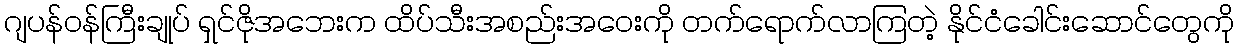
ဂျပန်ဝန်ကြီးချုပ် ရှင်ဇိုအဘေးက ထိပ်သီးအစည်းအဝေးကို တက်ရောက်လာကြတဲ့ နိုင်ငံခေါင်းဆောင်တွေကို